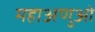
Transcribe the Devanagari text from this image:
महाअणुओं